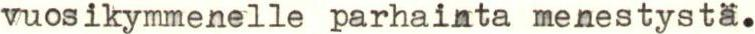
vuosikymmenelle parhainta menestystä.